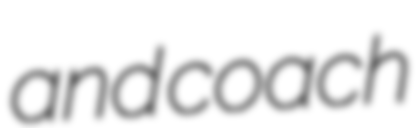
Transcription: and coach